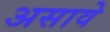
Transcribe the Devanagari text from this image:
असावेे